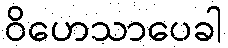
ဝိဟေသာပေခါ